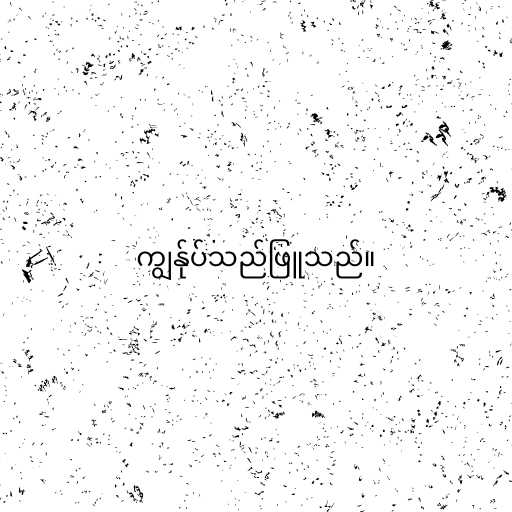
ကျွန်ုပ်သည်ဖြူသည်။